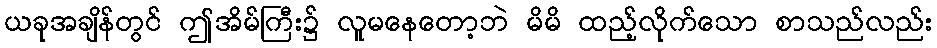
ယခုအချိန်တွင် ဤအိမ်ကြီး၌ လူမနေတော့ဘဲ မိမိ ထည့်လိုက်သော စာသည်လည်း